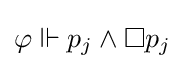
\varphi \Vdash p_{j}\land \Box p_{j}